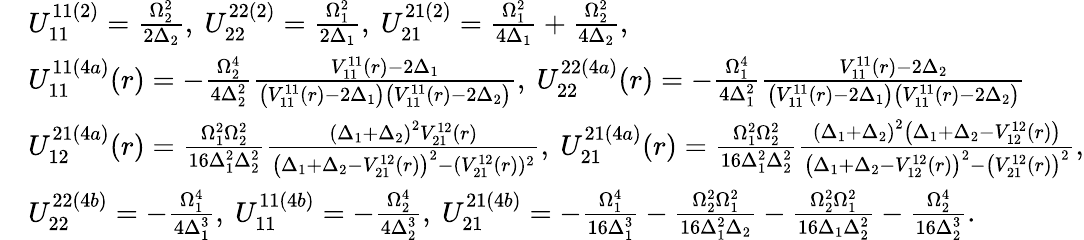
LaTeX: \begin{array}{rl}&{U_{11}^{11(2)}=\frac{\Omega_{2}^{2}}{2\Delta_{2}},~U_{22}^{22(2)}=\frac{\Omega_{1}^{2}}{2\Delta_{1}},~U_{21}^{21(2)}=\frac{\Omega_{1}^{2}}{4\Delta_{1}}+\frac{\Omega_{2}^{2}}{4\Delta_{2}},}\\ &{U_{11}^{11(4a)}(r)=-\frac{\Omega_{2}^{4}}{4\Delta_{2}^{2}}\frac{V_{11}^{11}(r)-2\Delta_{1}}{\left(V_{11}^{11}(r)-2\Delta_{1}\right)\left(V_{11}^{11}(r)-2\Delta_{2}\right)},~U_{22}^{22(4a)}(r)=-\frac{\Omega_{1}^{4}}{4\Delta_{1}^{2}}\frac{V_{11}^{11}(r)-2\Delta_{2}}{\left(V_{11}^{11}(r)-2\Delta_{1}\right)\left(V_{11}^{11}(r)-2\Delta_{2}\right)}}\\ &{U_{12}^{21(4a)}(r)=\frac{\Omega_{1}^{2}\Omega_{2}^{2}}{16\Delta_{1}^{2}\Delta_{2}^{2}}\frac{\left(\Delta_{1}+\Delta_{2}\right)^{2}V_{21}^{12}(r)}{\left(\Delta_{1}+\Delta_{2}-V_{21}^{12}(r)\right)^{2}-(V_{21}^{12}(r))^{2}},~U_{21}^{21(4a)}(r)=\frac{\Omega_{1}^{2}\Omega_{2}^{2}}{16\Delta_{1}^{2}\Delta_{2}^{2}}\frac{\left(\Delta_{1}+\Delta_{2}\right)^{2}\left(\Delta_{1}+\Delta_{2}-V_{12}^{12}(r)\right)}{\left(\Delta_{1}+\Delta_{2}-V_{12}^{12}(r)\right)^{2}-\left(V_{21}^{12}(r)\right)^{2}},}\\ &{U_{22}^{22(4b)}=-\frac{\Omega_{1}^{4}}{4\Delta_{1}^{3}},~U_{11}^{11(4b)}=-\frac{\Omega_{2}^{4}}{4\Delta_{2}^{3}},~U_{21}^{21(4b)}=-\frac{\Omega_{1}^{4}}{16\Delta_{1}^{3}}-\frac{\Omega_{2}^{2}\Omega_{1}^{2}}{16\Delta_{1}^{2}\Delta_{2}}-\frac{\Omega_{2}^{2}\Omega_{1}^{2}}{16\Delta_{1}\Delta_{2}^{2}}-\frac{\Omega_{2}^{4}}{16\Delta_{2}^{3}}.}\end{array}